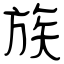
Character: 族